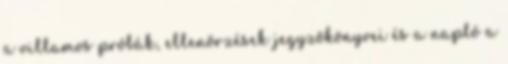
a villamos próbák, ellenõrzések jegyzõkönyvei és a napló a